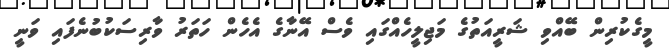
މީގެކުރިން ބޭއްވި ޝަރީއަތުގެ މަޖިލީހެއްގައި ވެސް އޭނާގެ އެހެން ހަތަރު ވާރިސަކުބުނެފައި ވަނީ